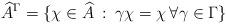
LaTeX: \begin{align*} \widehat{A}^\Gamma = \{\chi \in \widehat{A} \: : \: \gamma \chi = \chi \, \forall \gamma \in \Gamma\}\end{align*}